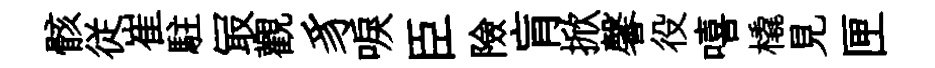
骸従崔駐冣觀豸唳臣險肓掀馨役嘻橇見匣